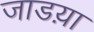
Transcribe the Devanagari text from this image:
जाडय़ा